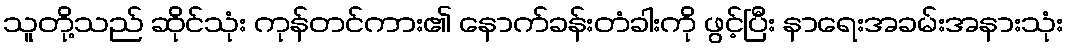
သူတို့သည် ဆိုင်သုံး ကုန်တင်ကား၏ နောက်ခန်းတံခါးကို ဖွင့်ပြီး နာရေးအခမ်းအနားသုံး